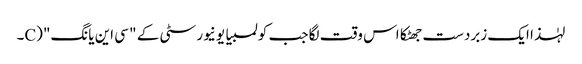
لہٰذا ایک زبردست جھٹکا اس وقت لگا جب کولمبیا یونیورسٹی کے " سی این یانگ" (C۔